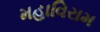
મહાવિરામ